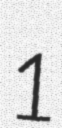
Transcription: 1